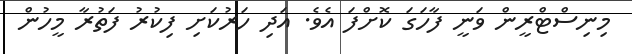
މިނިސްޓްރީން ވަނީ ފާހަގަ ކޮށްފަ އެވެ. އަދި ހަރުކަށި ފިކުރު ފަތުރާ މީހުން